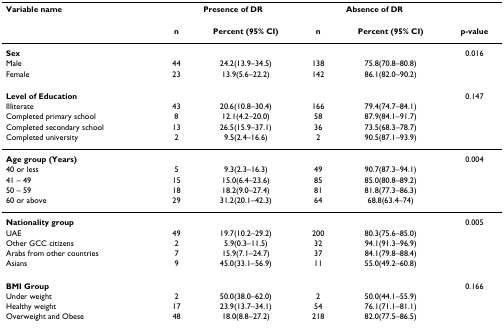
<table><thead><tr><td><b>Variable name</b></td><td colspan="2"><b>Presence of DR</b></td><td colspan="2"><b>Absence of DR</b></td><td></td></tr></thead><tbody><tr><td></td><td><b>n</b></td><td><b>Percent (95% CI)</b></td><td><b>n</b></td><td><b>Percent (95% CI)</b></td><td><b>p-value</b></td></tr><tr><td><b>Sex</b></td><td></td><td></td><td></td><td></td><td>0.016</td></tr><tr><td>Male</td><td>44</td><td>24.2(13.9–34.5)</td><td>138</td><td>75.8(70.8–80.8)</td><td></td></tr><tr><td>Female</td><td>23</td><td>13.9(5.6–22.2)</td><td>142</td><td>86.1(82.0–90.2)</td><td></td></tr><tr><td><b>Level of Education</b></td><td></td><td></td><td></td><td></td><td>0.147</td></tr><tr><td>Illiterate</td><td>43</td><td>20.6(10.8–30.4)</td><td>166</td><td>79.4(74.7–84.1)</td><td></td></tr><tr><td>Completed primary school</td><td>8</td><td>12.1(4.2–20.0)</td><td>58</td><td>87.9(84.1–91.7)</td><td></td></tr><tr><td>Completed secondary school</td><td>13</td><td>26.5(15.9–37.1)</td><td>36</td><td>73.5(68.3–78.7)</td><td></td></tr><tr><td>Completed university</td><td>2</td><td>9.5(2.4–16.6)</td><td>2</td><td>90.5(87.1–93.9)</td><td></td></tr><tr><td><b>Age group (Years)</b></td><td></td><td></td><td></td><td></td><td>0.004</td></tr><tr><td>40 or less</td><td>5</td><td>9.3(2.3–16.3)</td><td>49</td><td>90.7(87.3–94.1)</td><td></td></tr><tr><td>41 – 49</td><td>15</td><td>15.0(6.4–23.6)</td><td>85</td><td>85.0(80.8–89.2)</td><td></td></tr><tr><td>50 – 59</td><td>18</td><td>18.2(9.0–27.4)</td><td>81</td><td>81.8(77.3–86.3)</td><td></td></tr><tr><td>60 or above</td><td>29</td><td>31.2(20.1–42.3)</td><td>64</td><td>68.8(63.4–74)</td><td></td></tr><tr><td><b>Nationality group</b></td><td></td><td></td><td></td><td></td><td>0.005</td></tr><tr><td>UAE</td><td>49</td><td>19.7(10.2–29.2)</td><td>200</td><td>80.3(75.6–85.0)</td><td></td></tr><tr><td>Other GCC citizens</td><td>2</td><td>5.9(0.3–11.5)</td><td>32</td><td>94.1(91.3–96.9)</td><td></td></tr><tr><td>Arabs from other countries</td><td>7</td><td>15.9(7.1–24.7)</td><td>37</td><td>84.1(79.8–88.4)</td><td></td></tr><tr><td>Asians</td><td>9</td><td>45.0(33.1–56.9)</td><td>11</td><td>55.0(49.2–60.8)</td><td></td></tr><tr><td><b>BMI Group</b></td><td></td><td></td><td></td><td></td><td>0.166</td></tr><tr><td>Under weight</td><td>2</td><td>50.0(38.0–62.0)</td><td>2</td><td>50.0(44.1–55.9)</td><td></td></tr><tr><td>Healthy weight</td><td>17</td><td>23.9(13.7–34.1)</td><td>54</td><td>76.1(71.1–81.1)</td><td></td></tr><tr><td>Overweight and Obese</td><td>48</td><td>18.0(8.8–27.2)</td><td>218</td><td>82.0(77.5–86.5)</td><td></td></tr></tbody></table>